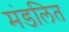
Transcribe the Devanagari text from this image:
मंडलित